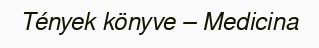
Tények könyve – Medicina